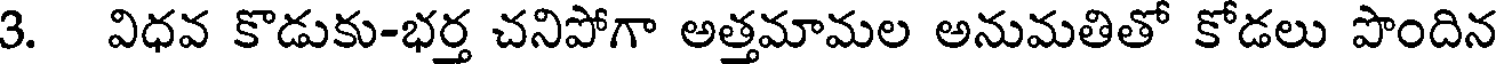
3. విధవ కొడుకు-భర్త చనిపోగా అత్తమామల అనుమతితో కోడలు పొందిన